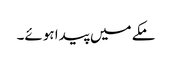
مکے میں پیدا ہوئے۔